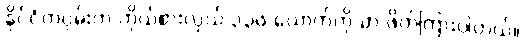
နိုင်ငံတဝှမ်းက ကိုယ်စားလှယ် ၃၃၆ ယောက်ကိုသာ ဖိတ်ကြားပါတယ်။